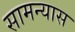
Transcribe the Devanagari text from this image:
सामन्यास